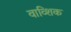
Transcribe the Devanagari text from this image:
वाव्शिक